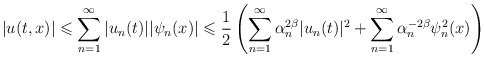
\begin{align*}|u(t,x)|\leqslant \sum_{n=1}^{\infty}|u_n(t)||\psi_n(x)|\leqslant\frac{1}{2}\left(\sum_{n=1}^{\infty}\alpha_n^{2\beta}|u_n(t)|^2+\sum_{n=1}^{\infty}\alpha_n^{-2\beta}\psi_n^2(x)\right)\end{align*}